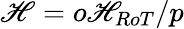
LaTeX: \mathscr{H}=o\mathscr{H}_{RoT}/p